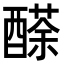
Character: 𨢬